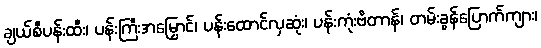
ချယ်စီပန်းထီး၊ ပန်းကြီးအမြှောင်၊ ပန်းထောင်လှဆုံး၊ ပန်းကုံးဗိတာန်၊ တမ်းခွန်ပြောက်ကျား၊